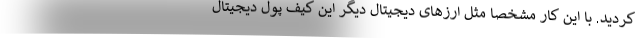
کردید. با این کار مشخصا مثل ارزهای دیجیتال دیگر این کیف پول دیجیتال